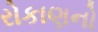
રોકાણનો